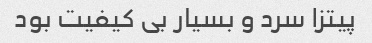
پیتزا سرد و بسیار بی کیفیت بود